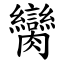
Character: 臠